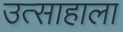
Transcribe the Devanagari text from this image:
उत्साहाला